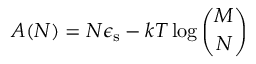
A ( N ) = N \epsilon _ { \mathrm { s } } - k T \log \binom { M } { N }